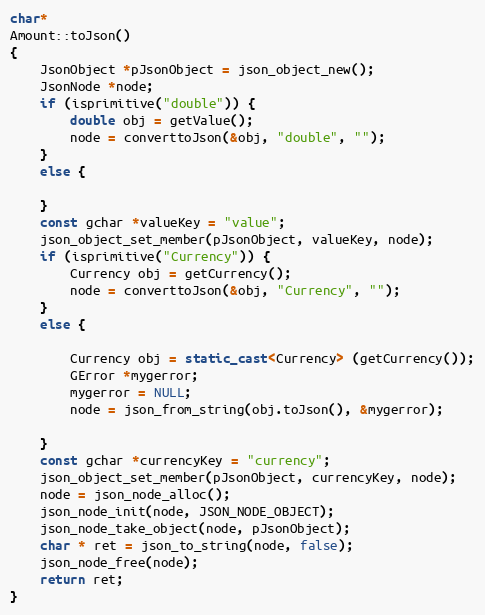
Language: C++
char*
Amount::toJson()
{
	JsonObject *pJsonObject = json_object_new();
	JsonNode *node;
	if (isprimitive("double")) {
		double obj = getValue();
		node = converttoJson(&obj, "double", "");
	}
	else {

	}
	const gchar *valueKey = "value";
	json_object_set_member(pJsonObject, valueKey, node);
	if (isprimitive("Currency")) {
		Currency obj = getCurrency();
		node = converttoJson(&obj, "Currency", "");
	}
	else {

		Currency obj = static_cast<Currency> (getCurrency());
		GError *mygerror;
		mygerror = NULL;
		node = json_from_string(obj.toJson(), &mygerror);

	}
	const gchar *currencyKey = "currency";
	json_object_set_member(pJsonObject, currencyKey, node);
	node = json_node_alloc();
	json_node_init(node, JSON_NODE_OBJECT);
	json_node_take_object(node, pJsonObject);
	char * ret = json_to_string(node, false);
	json_node_free(node);
	return ret;
}